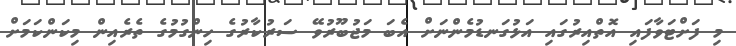
މި ފަށްޓަވާފައި އޮތްއިރުގައި އަޅުގަނޑުމެންނަށް އެބަ މަޖުބޫރުވޭ ސަރުކާރުގެ ހިންގުމުގެ ތެރެއިން މިކަންކަމަށް